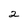
Character: 2